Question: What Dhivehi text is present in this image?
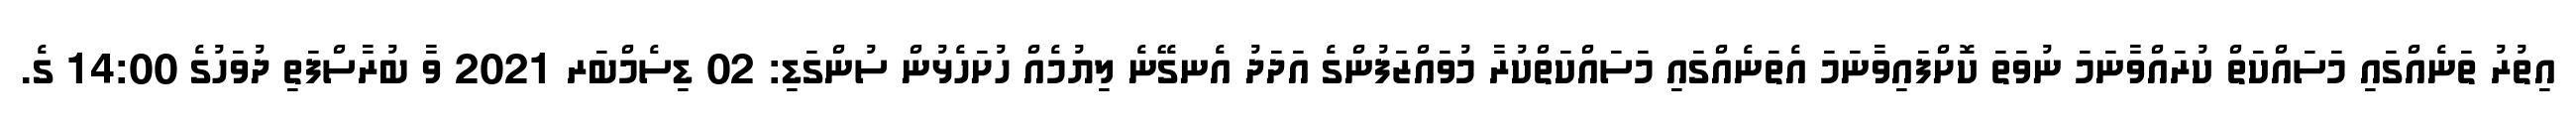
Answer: އިތުރު ތަނެއްގައި މަސައްކަތް ކުރައްވާނަމަ ނުވަތަ ކޮށްފައިވާނަމަ އެތަނެއްގައި މަސައްކަތްކުރާ މުވައްޒަފުންގެ އަދަދު އެނގޭނެ ލިޔުމެއް ހުށަހެޅުން ސުންގަޑި: 02 ޑިސެމްބަރ 2021 ވާ ބުރާސްފަތި ދުވަހުގެ 14:00 ގެ.